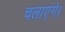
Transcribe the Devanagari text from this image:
चलाएंगे।